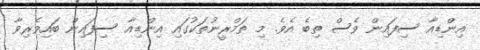
އިންޑިއާ ސިފައިން ވެސް ތިބެ އެވެ. މި ތަމްރީނުތަކުގައި އިންޑިއާ ސިފައިން ބައިވެރިވާ